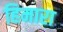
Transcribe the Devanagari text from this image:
हिमारा